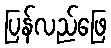
ပြန်လည်ဖြေ